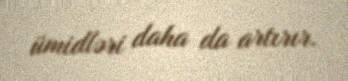
ümidləri daha da artırır.